Annual report on the mental hospital in the Central Provinces and Berar (Nagpur) - 1927-1951
Year: 1927
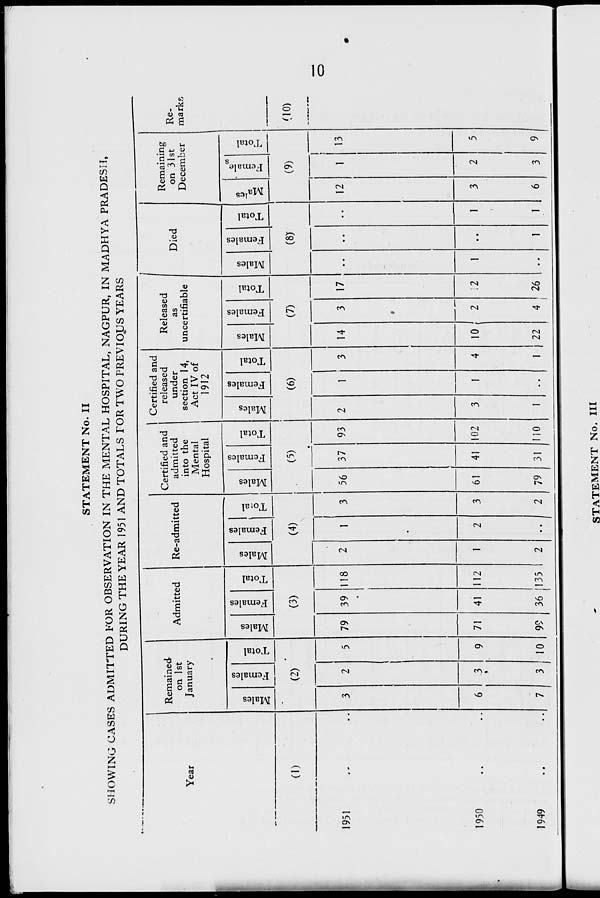
STATEMENT No. II
SHOWING CASES ADMITTED FOR OBSERVATION IN THE MENTAL HOSPITAL, NAGPUR, IN MADHYA PRADESH,
DURING THE YEAR 1951 AND TOTALS FOR TWO PREVIOUS YEARS
Year
(1)
1951
1950
1949
Remained
on 1st
January
CO
ad
CO
CD
"e3
fa
(2)
a
o
H
10
Admitted
co
"e3
79
71
99
CO
fa
(3)
39
41
C3
O
H
18
12
36 135
Re-admitted
CO
o
13
CO
fa
O
(4)
Certified and
admitted
into the
Mental
Hospital
CO
56
61
79
CO
s
fa
(5)
37
41
31
CO
O
h
93
02
10
Certified and
released
under
section 14,
Act IV of
1912
CO
JJ
r c3
s
fa
o
H
(6)
Released
as
uncertifiable
CO
V
"3
14
10
22
CO
"3
S
fa
e8
■»->
O
h
(7)
CO
17
4 I 26
Died
CO
s
fa
(8)
—I
O
h
Remaining
on 31st
December
CO
■J
CU
03
H
c
fa
cc
(9)
12
13
Re-
marks
(10)
STATEMENT No. Ill